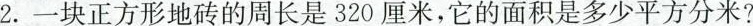
2.一块正方形地砖的周长是320厘米，它的面积是多少平方分米?